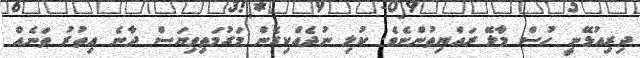
ދިރިއުޅޭނީ ހުސް މާލޭ ރައްޔިތުންނެވެ. ކުލި ނުދެއްކިގެން މަގުމަތިވިޔަސް ދާނެ އިތުރު ތަނެއް